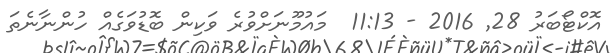
އޮކްޓޯބަރު 28